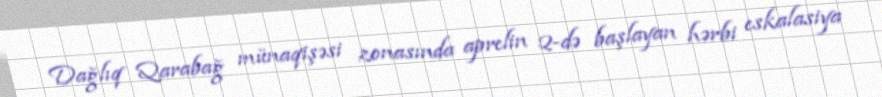
Dağlıq Qarabağ münaqişəsi zonasında aprelin 2-də başlayan hərbi eskalasiya